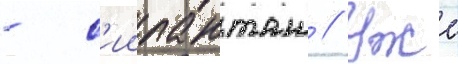
- с'иипанташ // Уже